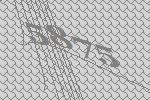
5875